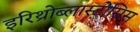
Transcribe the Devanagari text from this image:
इरिथ्रोब्लास्टोसिस